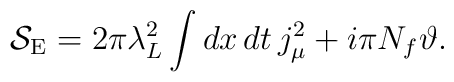
{\cal S}_{\rm E}   =  2\pi\lambda_L^2\int dx\,dt\, j_\mu^2    +i\pi N_f{\vartheta}.